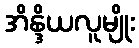
အိန္ဒိယလူမျိုး